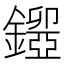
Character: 𨮃